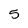
Character: 5